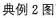
典例2图